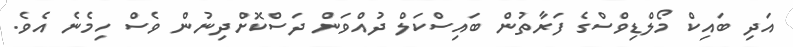
އަދި ބައިކް މޯލްޑިވްސްގެ ފަރާތުން ބައިސްކަލް ދުއްވަން ދަސްކޮށްދިނުން ވެސް ހިމެނެ އެވެ.